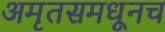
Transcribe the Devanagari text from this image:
अमृतसमधूनच